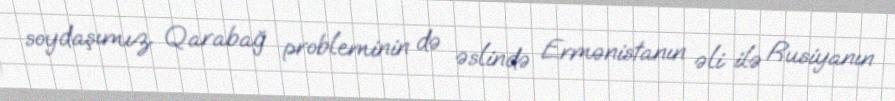
soydaşımız Qarabağ probleminin də əslində Ermənistanın əli ilə Rusiyanın